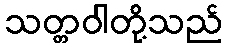
သတ္တဝါတို့သည်